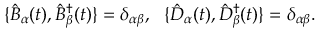
\{ \hat { B } _ { \alpha } ( t ) , \hat { B } _ { \beta } ^ { \dagger } ( t ) \} = \delta _ { \alpha \beta } , ~ ~ \{ \hat { D } _ { \alpha } ( t ) , \hat { D } _ { \beta } ^ { \dagger } ( t ) \} = \delta _ { \alpha \beta } .